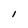
Character: l